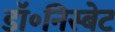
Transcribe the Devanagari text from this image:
डॉ॰निस्बेट